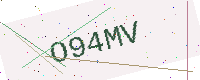
Text: O94MV